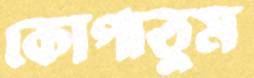
কোপাতুম